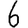
Digit: 6